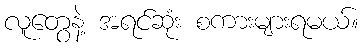
လူတွေနဲ့ အရင်ဆုံး စကားများရမယ်။